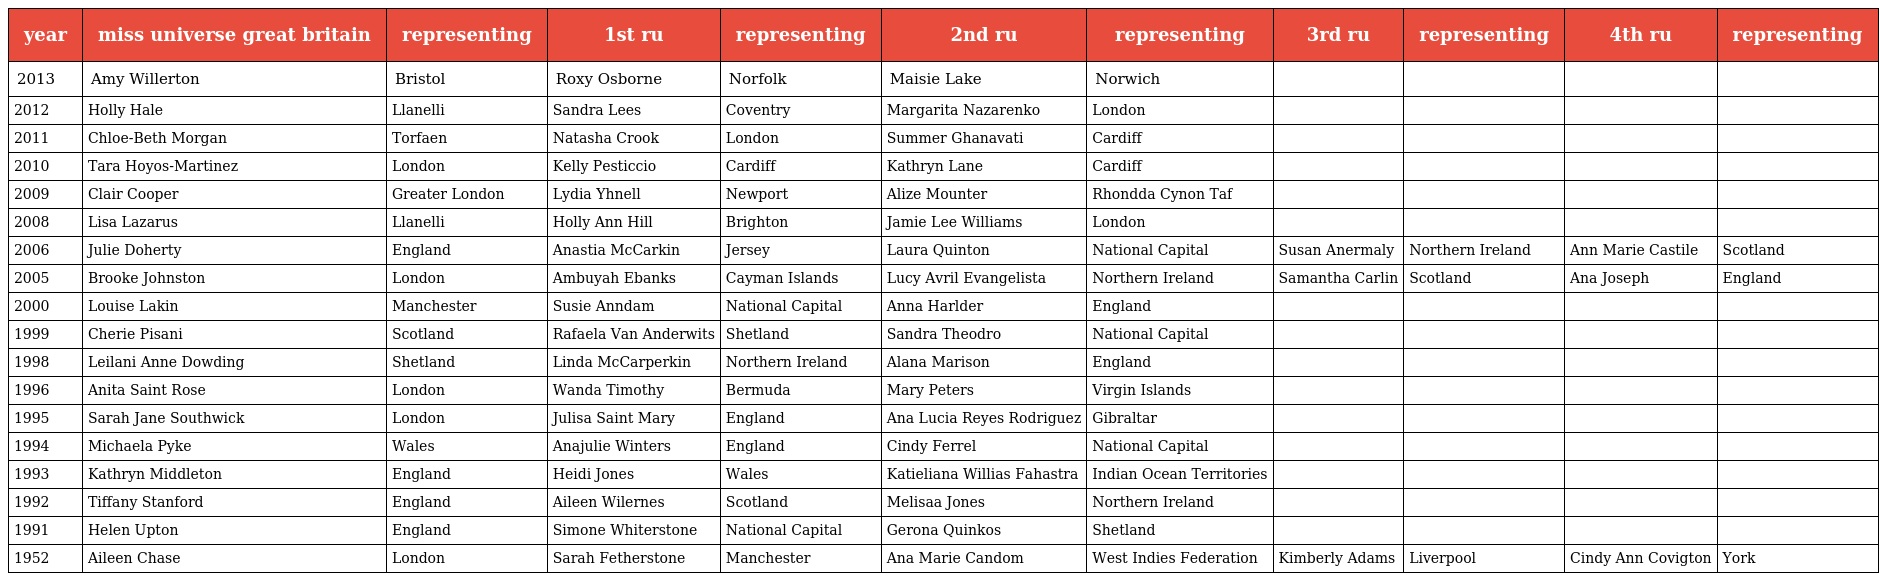
| year | miss universe great britain | representing | 1st ru | representing | 2nd ru | representing | 3rd ru | representing | 4th ru | representing |
 | --- | --- | --- | --- | --- | --- | --- | --- | --- | --- | --- |
 | 2013 | Amy Willerton | Bristol | Roxy Osborne | Norfolk | Maisie Lake | Norwich |  |  |  |  |
 | 2012 | Holly Hale | Llanelli | Sandra Lees | Coventry | Margarita Nazarenko | London |  |  |  |  |
 | 2011 | Chloe-Beth Morgan | Torfaen | Natasha Crook | London | Summer Ghanavati | Cardiff |  |  |  |  |
 | 2010 | Tara Hoyos-Martinez | London | Kelly Pesticcio | Cardiff | Kathryn Lane | Cardiff |  |  |  |  |
 | 2009 | Clair Cooper | Greater London | Lydia Yhnell | Newport | Alize Mounter | Rhondda Cynon Taf |  |  |  |  |
 | 2008 | Lisa Lazarus | Llanelli | Holly Ann Hill | Brighton | Jamie Lee Williams | London |  |  |  |  |
 | 2006 | Julie Doherty | England | Anastia McCarkin | Jersey | Laura Quinton | National Capital | Susan Anermaly | Northern Ireland | Ann Marie Castile | Scotland |
 | 2005 | Brooke Johnston | London | Ambuyah Ebanks | Cayman Islands | Lucy Avril Evangelista | Northern Ireland | Samantha Carlin | Scotland | Ana Joseph | England |
 | 2000 | Louise Lakin | Manchester | Susie Anndam | National Capital | Anna Harlder | England |  |  |  |  |
 | 1999 | Cherie Pisani | Scotland | Rafaela Van Anderwits | Shetland | Sandra Theodro | National Capital |  |  |  |  |
 | 1998 | Leilani Anne Dowding | Shetland | Linda McCarperkin | Northern Ireland | Alana Marison | England |  |  |  |  |
 | 1996 | Anita Saint Rose | London | Wanda Timothy | Bermuda | Mary Peters | Virgin Islands |  |  |  |  |
 | 1995 | Sarah Jane Southwick | London | Julisa Saint Mary | England | Ana Lucia Reyes Rodriguez | Gibraltar |  |  |  |  |
 | 1994 | Michaela Pyke | Wales | Anajulie Winters | England | Cindy Ferrel | National Capital |  |  |  |  |
 | 1993 | Kathryn Middleton | England | Heidi Jones | Wales | Katieliana Willias Fahastra | Indian Ocean Territories |  |  |  |  |
 | 1992 | Tiffany Stanford | England | Aileen Wilernes | Scotland | Melisaa Jones | Northern Ireland |  |  |  |  |
 | 1991 | Helen Upton | England | Simone Whiterstone | National Capital | Gerona Quinkos | Shetland |  |  |  |  |
 | 1952 | Aileen Chase | London | Sarah Fetherstone | Manchester | Ana Marie Candom | West Indies Federation | Kimberly Adams | Liverpool | Cindy Ann Covigton | York |